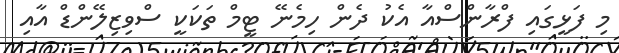
މި ފަޅީގައި ފްރާންސްއާ އެކު ދެން ހިމެނޭ ޓީމް ތަކަކީ ސްވިޒިލޭންޑް އާއި